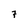
Character: 7